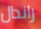
راندال